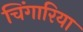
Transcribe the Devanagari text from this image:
चिंगारिया